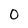
Character: 0